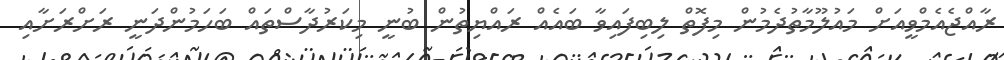
ރާއްޖެއެމްވީއަށް މައުލޫމާތުދެމުން މިފޮތް ލިބިފައިވާ ބައެއް ރައްޔިތުން ބުނީ މިކަރުދާސްތައް ބަހަމުންދަނީ ރަށްރަށާއި